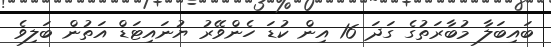
ބައިބަލާ މުބާރަތުގެ ގަދަ 16 އިން ކުޑަ ހެންވޭރު ޔުނައިޓަޑް އަތުން ބަލިވެ